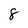
Character: 8